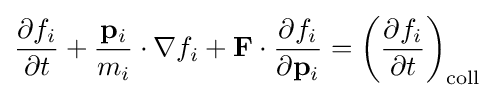
{\frac {\partial f_{i}}{\partial t}}+{\frac {\mathbf {p} _{i}}{m_{i}}}\cdot \nabla f_{i}+\mathbf {F} \cdot {\frac {\partial f_{i}}{\partial \mathbf {p} _{i}}}=\left({\frac {\partial f_{i}}{\partial t}}\right)_{\mathrm {coll} }